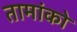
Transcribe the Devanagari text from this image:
तामांको